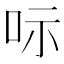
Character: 呩